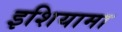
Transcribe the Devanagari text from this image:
इशियामा